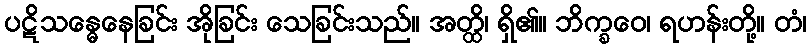
ပဋိသန္ဓေနေခြင်း အိုခြင်း သေခြင်းသည်။ အတ္ထိ၊ ရှိ၏။ ဘိက္ခဝေ၊ ရဟန်းတို့။ တံ၊